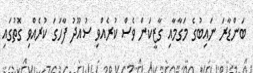
ބަންޑާރަ ނައިބުގެ މަގާމާއި ގާޒީކަން ވެސް ކުރެއްވި ސުއޫދު ފާހަގަ ކުރެއްވި ގޮތުގައި